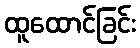
ထူထောင်ခြင်း